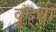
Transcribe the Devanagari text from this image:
वॄद्धी